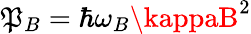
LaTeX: \mathfrak{P}_{B}=\hbar\omega_{B}\kappaB^{2}